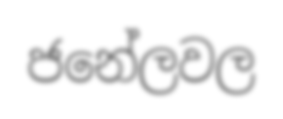
ජනේලවල